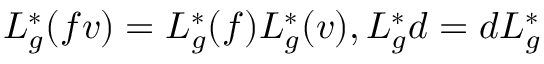
L _ { g } ^ { \ast } ( f v ) = L _ { g } ^ { \ast } ( f ) L _ { g } ^ { \ast } ( v ) , L _ { g } ^ { \ast } d = d L _ { g } ^ { \ast }